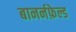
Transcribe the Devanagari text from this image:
बानर्नफ़ेल्ड